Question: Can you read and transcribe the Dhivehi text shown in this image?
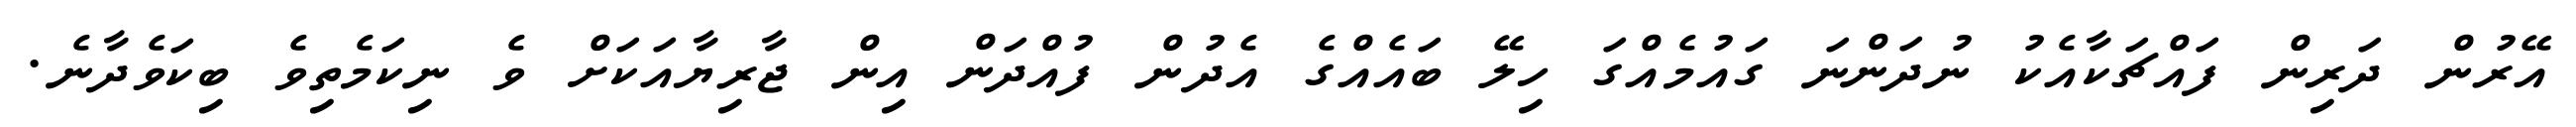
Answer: އޭރުން ދަރިން ފައްޗަކާއެކު ނުދަންނަ ގައުމެއްގަ ހިލޭ ބައެއްގެ އެދުން ފުއްދަން އިން ޖާރިޔާއަކަށް ވެ ނިކަމެތިވެ ބިކަވެދާނެ.